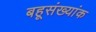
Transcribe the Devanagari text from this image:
बहूसंख्यांक